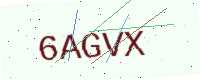
Text: 6AGVX